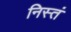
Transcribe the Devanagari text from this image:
निस्तं